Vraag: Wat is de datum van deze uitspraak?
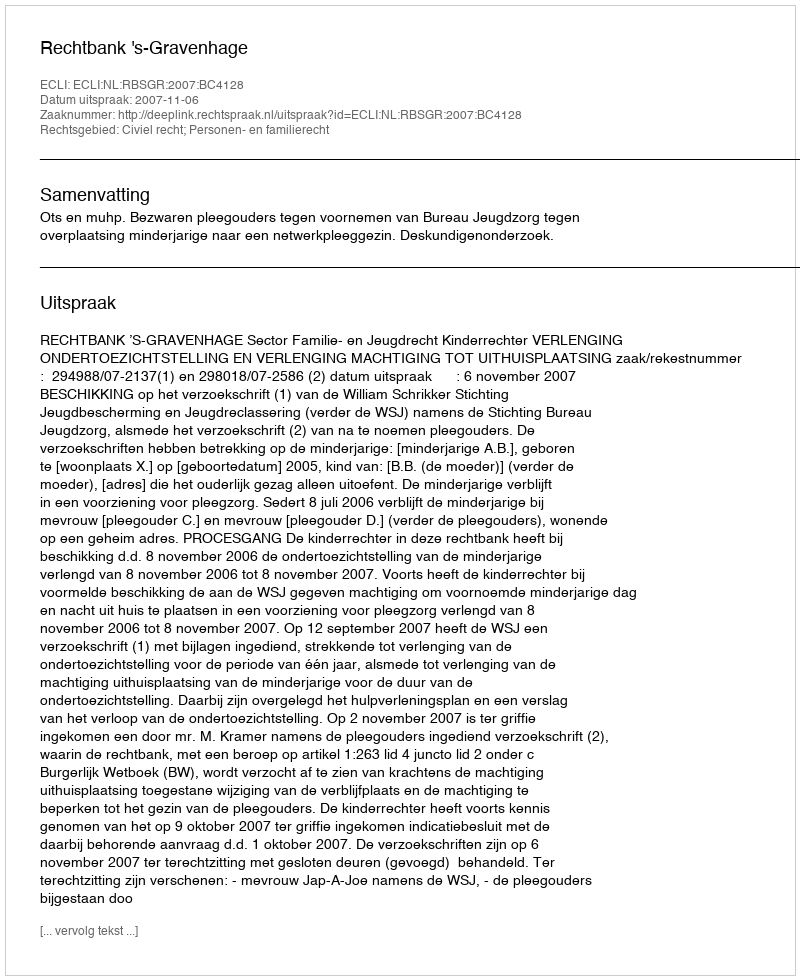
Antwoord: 2007-11-06